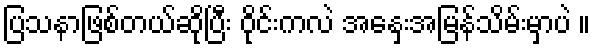
ပြသနာဖြစ်တယ်ဆိုပြီး ဝိုင်းကလဲ အနှေးအမြန်သိမ်းမှာပဲ ။